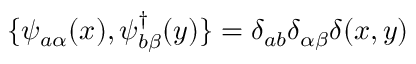
\{ \psi _ { a \alpha } ( x ) , \psi _ { b \beta } ^ { \dagger } ( y ) \} = \delta _ { a b } \delta _ { \alpha \beta } \delta ( x , y )